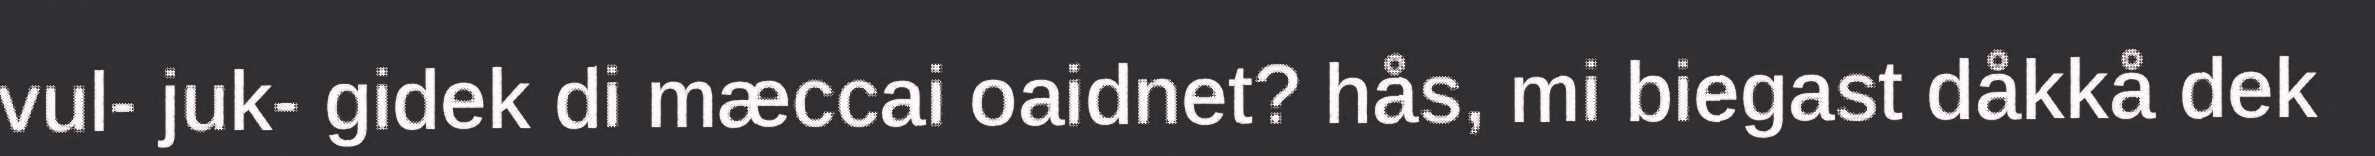
vul- juk- gidek di mæccai oaidnet? hås, mi biegast dåkkå dek